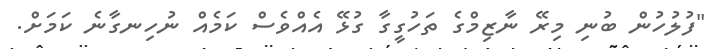
"ފުލުހުން ބުނި މިރޭ ނާޒިމްގެ ތަހުގީގާ ގުޅޭ އެއްވެސް ކަމެއް ނުހިނގާނެ ކަމަށް.